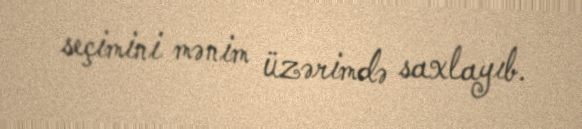
seçimini mənim üzərimdə saxlayıb.